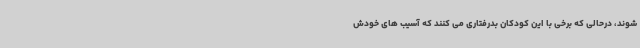
شوند، درحالی که برخی با این کودکان بدرفتاری می کنند که آسیب های خودش